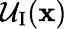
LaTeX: \mathcal{U}_{\mathrm{I}}(\mathbf{x})